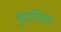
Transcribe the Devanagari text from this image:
बुद्धिस्थ